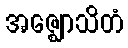
အဇ္ဈောသိတံ